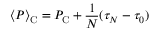
\langle P \rangle { _ { \mathrm C } } = P _ { \mathrm C } + { \frac { 1 } { N } } ( \tau _ { N } - \tau _ { 0 } )